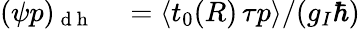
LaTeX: \begin{array}{rl}{(\psi p)_{\mathrm{~d~h~}}}&{{}={\left\langle t_{0}(R)\, \tau p\right\rangle}/({g_{I}\hbar})}\end{array}